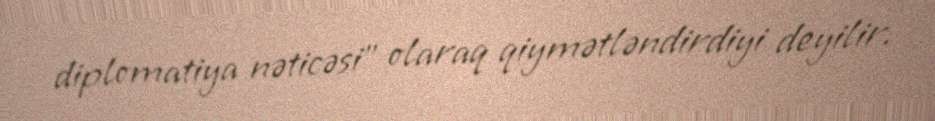
diplomatiya nəticəsi" olaraq qiymətləndirdiyi deyilir.